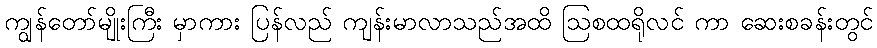
ကျွန်တော်မျိုးကြီး မှာကား ပြန်လည် ကျန်းမာလာသည်အထိ ဩစထရိုလင် ကာ ဆေးစခန်းတွင်